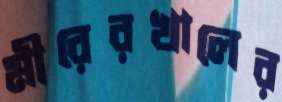
মীরেরখালের